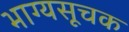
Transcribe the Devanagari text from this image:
भाग्यसूचक